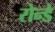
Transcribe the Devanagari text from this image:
रोन्डे